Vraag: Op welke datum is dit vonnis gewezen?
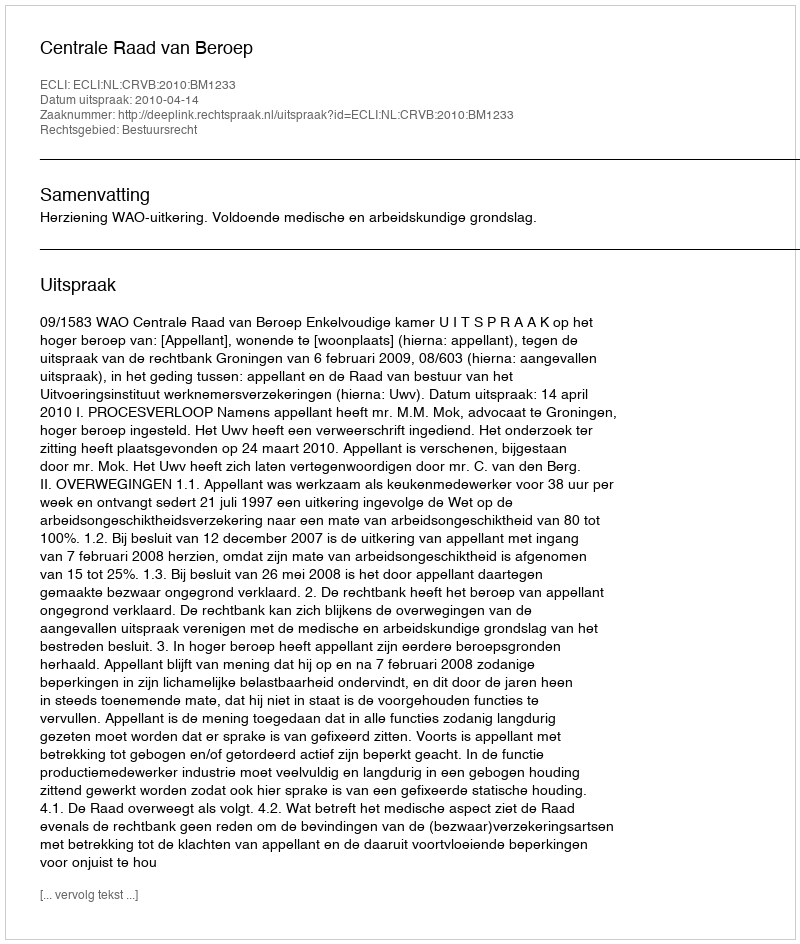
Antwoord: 2010-04-14